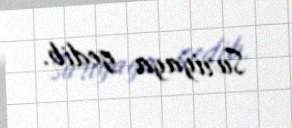
Suriyaya gedib.